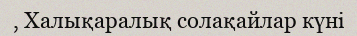
, Халықаралық солақайлар күні